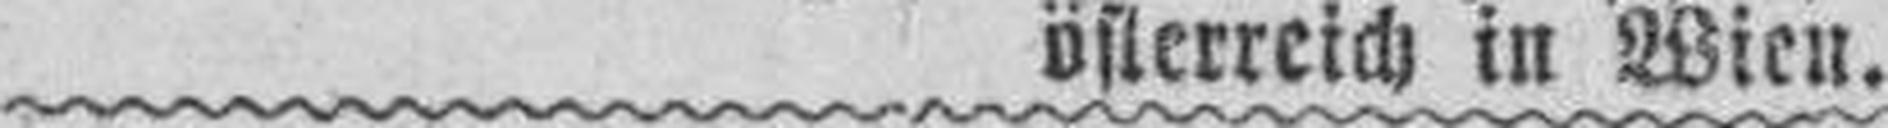
österreich in Wien.